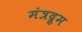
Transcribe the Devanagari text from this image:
मंत्रद्रुम